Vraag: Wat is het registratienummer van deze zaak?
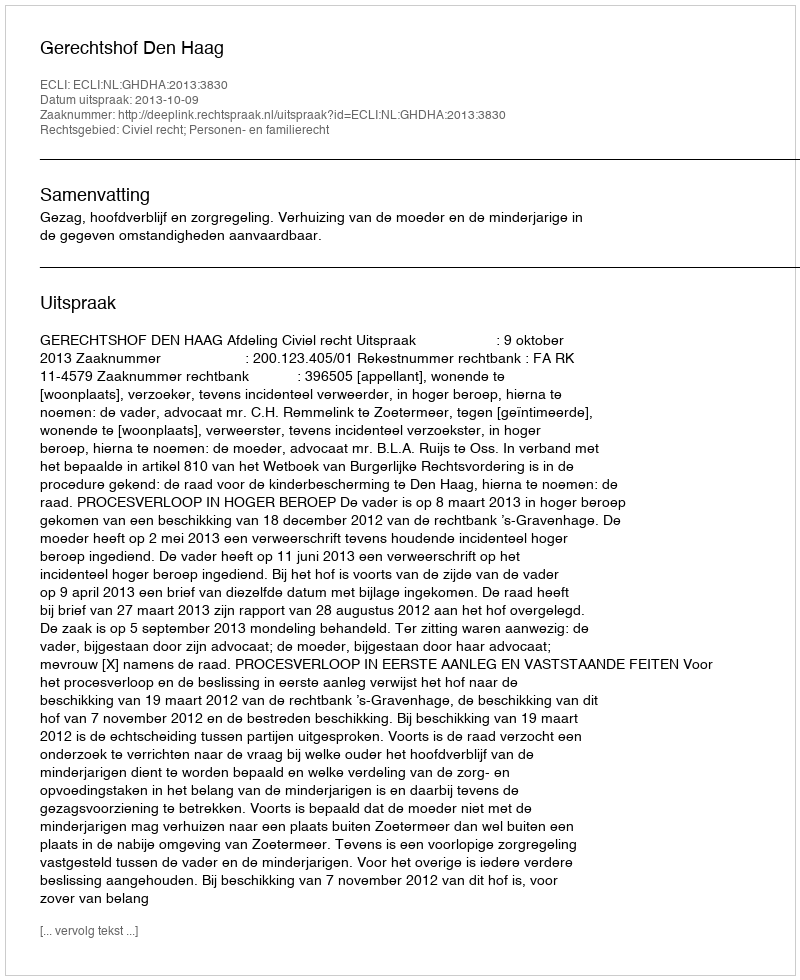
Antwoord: http://deeplink.rechtspraak.nl/uitspraak?id=ECLI:NL:GHDHA:2013:3830